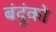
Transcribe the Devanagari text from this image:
बंदूंको